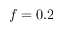
f = 0 . 2